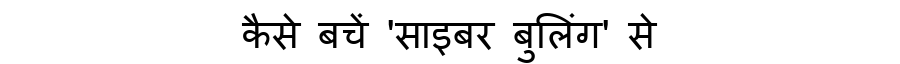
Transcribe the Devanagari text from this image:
कैसे बचें 'साइबर बुलिंग' से